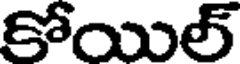
కోయిల్